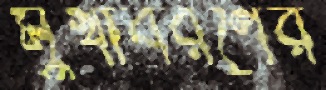
মুখাবরণের